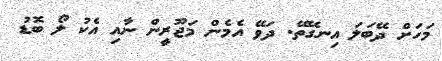
މަހަށް ދޭބަލަ އިނގޭތޭ. ދަވޭ އެމެން މަޖޫރީން ނާއި އެކު ލޯ ބޮޑު